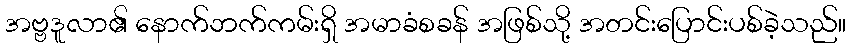
အဗ္ဗဒူလာ၏ နောက်ဘက်ကမ်းရှိ အမာခံစခန် အဖြစ်သို့ အတင်းပြောင်းပစ်ခဲ့သည်။